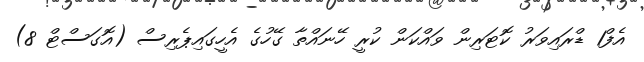
އެފް1 ޑްރައިވަރު ކޮޓަރިން ވައްކަން ކުރީ ހޭނައްތާ ގޭހުގެ އެހީގައިޕެރިސް (އޮގަސްޓް 8)